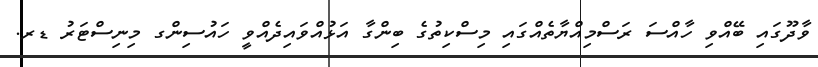
ވާދޫގައި ބޭއްވި ހާއްސަ ރަސްމިއްޔާތެއްގައި މިސްކިތުގެ ބިންގާ އަޅުއްވައިދެއްވީ ހައުސިންގ މިނިސްޓަރު ޑރ.